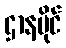
ဌာနပိုင်